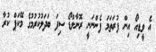
އެ ވީޑިއޯ އިން ފުރަތަމަ ފެންނަނީ ރޮނާލްޑޯ ސިފަ ބަދަލުކުރުމުގެ މޭކަޕް ކުރާ